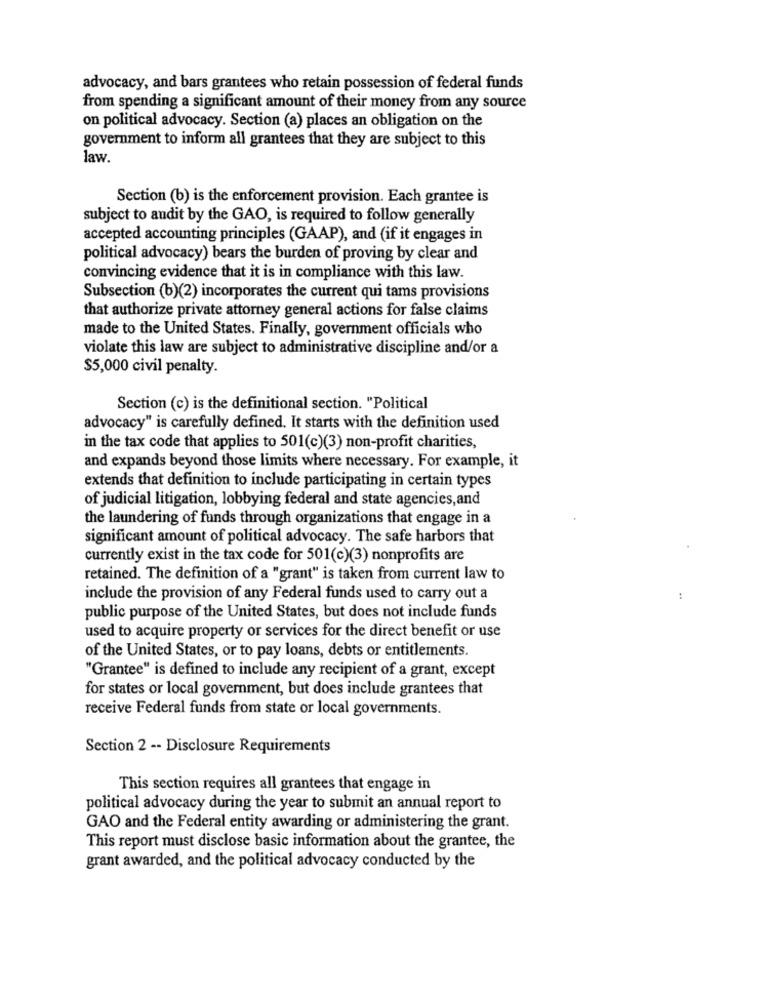
advocacy, and bars grantees who retain possession of federal funds
from spending a significant amount of their money from any source
on political advocacy. Section (a) places an obligation on the
government to inform all grantees that they are subject to this
law.
Section (b) is the enforcement provision. Each grantee is
subject to audit by the GAO, is required to follow generally
accepted accounting principles (GAAP), and (if it engages in
political advocacy) bears the burden of proving by clear and
convincing evidence that it is in compliance with this law.
Subsection (b)(2) incorporates the current qui tams provisions
that authorize private attorney general actions for false claims
made to the United States. Finally, government officials who
violate this law are subject to administrative discipline and/or a
$5,000 civil penalty.
Section (c) is the definitional section. "Political
advocacy" is carefully defined. It starts with the definition used
in the tax code that applies to 501(c)(3) non-profit charities,
and expands beyond those limits where necessary. For example, it
extends that definition to include participating in certain types
of judicial litigation, lobbying federal and state agencies, and
the laundering of funds through organizations that engage in a
significant amount of political advocacy. The safe harbors that
currently exist in the tax code for 501(c)(3) nonprofits are
retained. The definition of a "grant" is taken from current law to
include the provision of any Federal funds used to carry out a
public purpose of the United States, but does not include funds
used to acquire property or services for the direct benefit or use
of the United States, or to pay loans, debts or entitlements.
"Grantee" is defined to include any recipient of a grant, except
for states or local government, but does include grantees that
receive Federal funds from state or local governments.
Section 2 -- Disclosure Requirements
This section requires all grantees that engage in
political advocacy during the year to submit an annual report to
GAO and the Federal entity awarding or administering the grant.
This report must disclose basic information about the grantee, the
grant awarded, and the political advocacy conducted by the